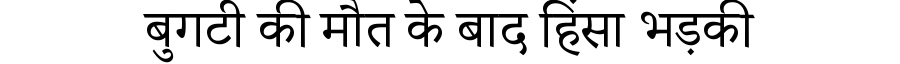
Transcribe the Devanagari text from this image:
बुगटी की मौत के बाद हिंसा भड़की